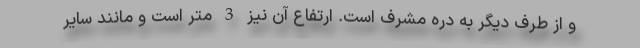
و از طرف دیگر به دره مشرف است. ارتفاع آن نیز 3 متر است و مانند سایر